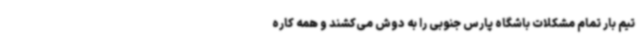
تیم بار تمام مشکلات باشگاه پارس جنوبی را به دوش می‌کشند و همه کاره